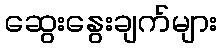
ဆွေးနွေးချက်များ